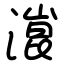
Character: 潉